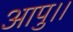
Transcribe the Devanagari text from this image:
आपु।।